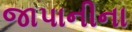
જાપાનીના